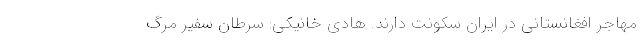
مهاجر افغانستانی در ایران سکونت دارند. هادی خانیکی: سرطان سفیر مرگ